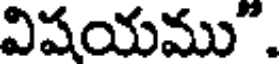
విషయము".